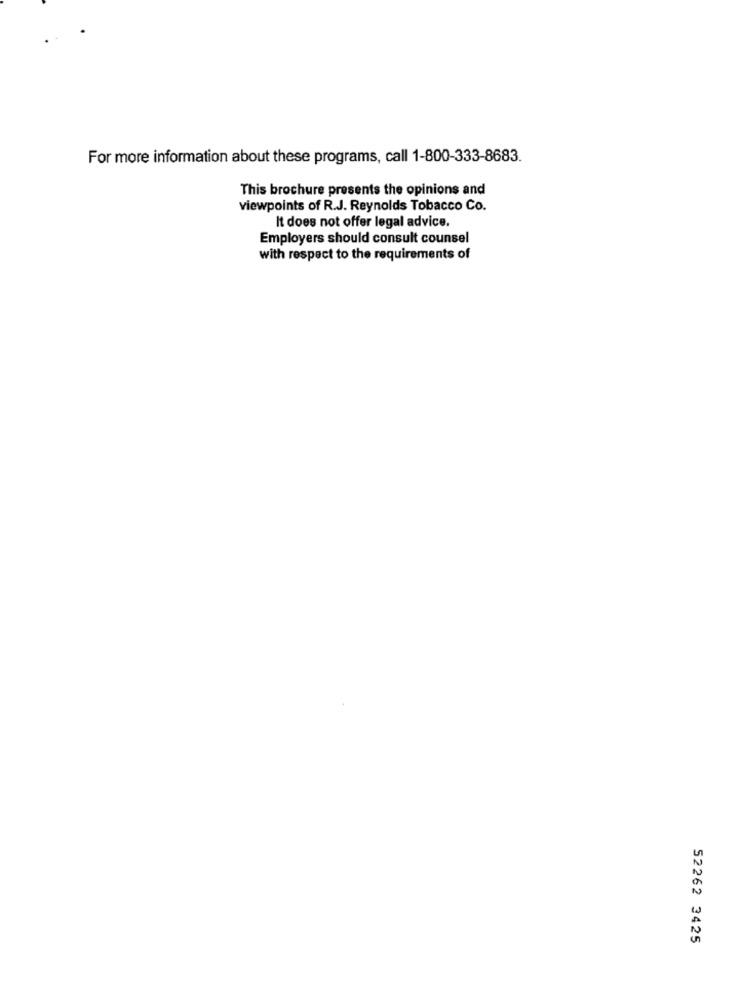
For more information about these programs, call 1-800-333-8683.
This brochure presents the opinions and
viewpoints of R.J. Reynolds Tobacco Co.
It does not offer legal advice.
Employers should consult counsel
with respect to the requirements of
52262 3425